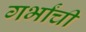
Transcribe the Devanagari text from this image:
गर्भांची